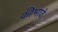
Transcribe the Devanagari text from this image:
कीभावे